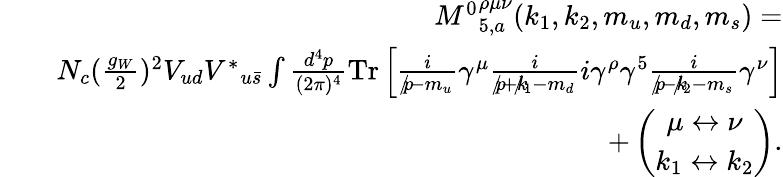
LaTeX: \begin{array}{rlr}&{}&{{M^{0}}_{5,a}^{\rho\mu\nu}(k_{1},k_{2},m_{u},m_{d},m_{s})=}\\ &{}&{N_{c}(\frac{g_{W}}{2})^{2}V_{ud}{V^{\ast}}_{u\bar{s}}\int\frac{d^{4}p}{(2\pi)^{4}}\mathrm{{Tr}}\left[\frac{i}{p\! \! \! /-m_{u}}\gamma^{\mu}\frac{i}{p\! \! \! /+k\! \! \! /_{1}-m_{d}}i\gamma^{\rho}\gamma^{5}\frac{i}{p\! \! \! /-k\! \! \! /_{2}-m_{s}}\gamma^{\nu}\right]}\\ &{}&{+\left(\begin{array}{c}{\mu\leftrightarrow\nu}\\ {k_{1}\leftrightarrow k_{2}}\end{array}\right).}\end{array}